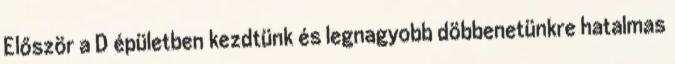
Először a D épületben kezdtünk és legnagyobb döbbenetünkre hatalmas